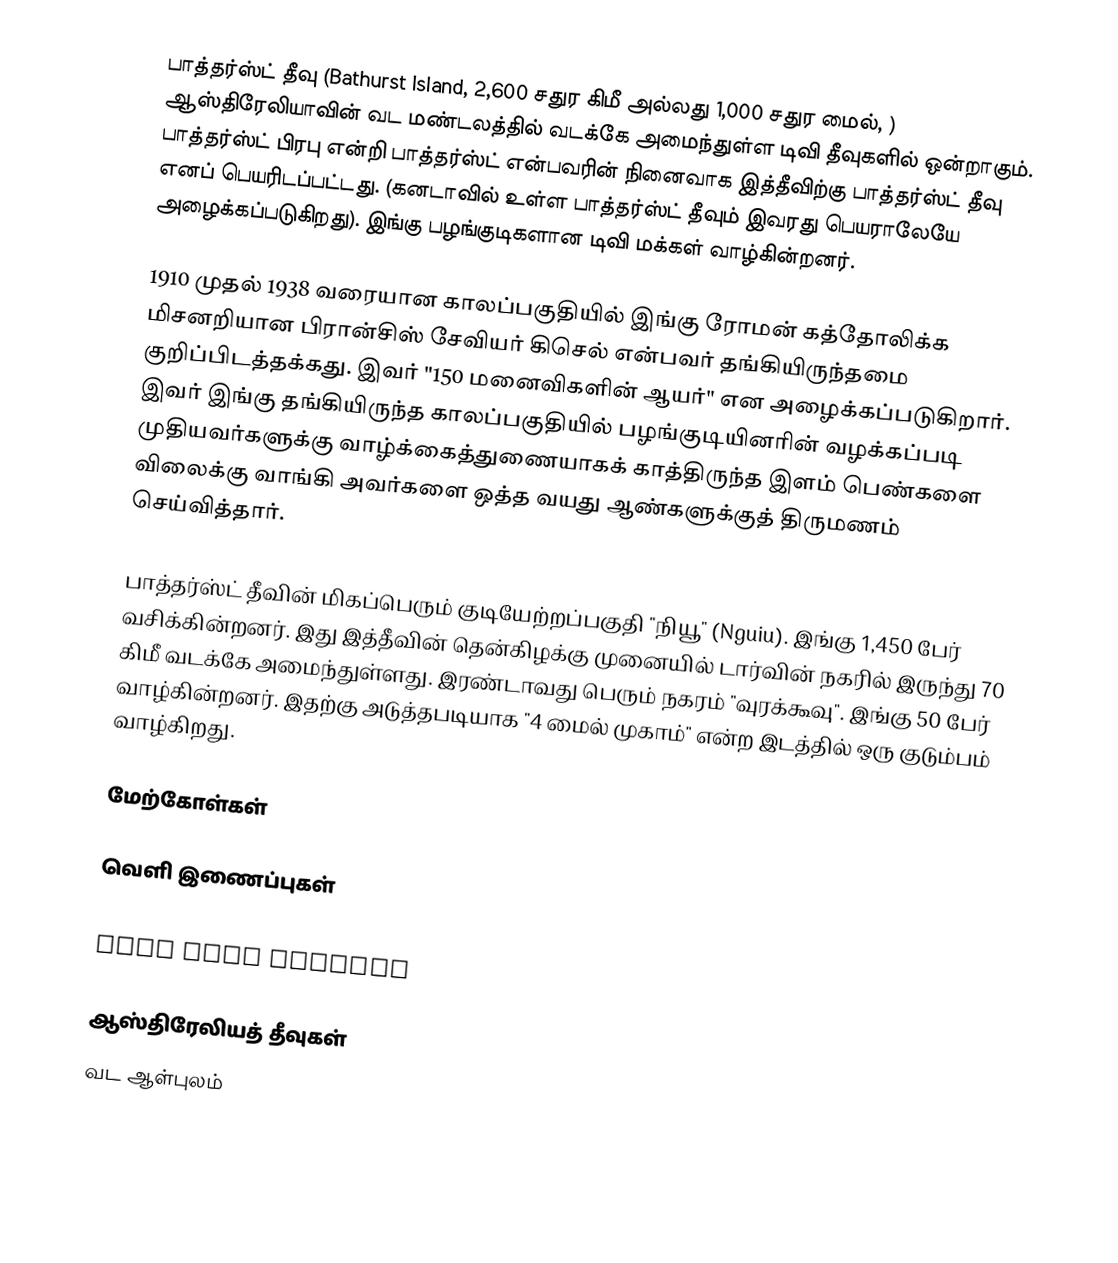
பாத்தர்ஸ்ட் தீவு (Bathurst Island, 2,600 சதுர கிமீ அல்லது 1,000 சதுர மைல், ) ஆஸ்திரேலியாவின் வட மண்டலத்தில் வடக்கே அமைந்துள்ள டிவி தீவுகளில் ஒன்றாகும். பாத்தர்ஸ்ட் பிரபு என்றி பாத்தர்ஸ்ட் என்பவரின் நினைவாக இத்தீவிற்கு பாத்தர்ஸ்ட் தீவு எனப் பெயரிடப்பட்டது. (கனடாவில் உள்ள பாத்தர்ஸ்ட் தீவும் இவரது பெயராலேயே அழைக்கப்படுகிறது). இங்கு பழங்குடிகளான டிவி மக்கள் வாழ்கின்றனர்.

1910 முதல் 1938 வரையான காலப்பகுதியில் இங்கு ரோமன் கத்தோலிக்க மிசனறியான பிரான்சிஸ் சேவியர் கிசெல் என்பவர் தங்கியிருந்தமை குறிப்பிடத்தக்கது. இவர் "150 மனைவிகளின் ஆயர்" என அழைக்கப்படுகிறார். இவர் இங்கு தங்கியிருந்த காலப்பகுதியில் பழங்குடியினரின் வழக்கப்படி முதியவர்களுக்கு வாழ்க்கைத்துணையாகக் காத்திருந்த இளம் பெண்களை விலைக்கு வாங்கி அவர்களை ஒத்த வயது ஆண்களுக்குத் திருமணம் செய்வித்தார்.

பாத்தர்ஸ்ட் தீவின் மிகப்பெரும் குடியேற்றப்பகுதி "நியூ" (Nguiu). இங்கு 1,450 பேர் வசிக்கின்றனர். இது இத்தீவின் தென்கிழக்கு முனையில் டார்வின் நகரில் இருந்து 70 கிமீ வடக்கே அமைந்துள்ளது. இரண்டாவது பெரும் நகரம் "வுரக்கூவு". இங்கு 50 பேர் வாழ்கின்றனர். இதற்கு அடுத்தபடியாக "4 மைல் முகாம்" என்ற இடத்தில் ஒரு குடும்பம் வாழ்கிறது.

மேற்கோள்கள்

வெளி இணைப்புகள்
 The Wurankuwu Information Website, Tiwi Islands, Northern Australia
 Tiwi Land Council

ஆஸ்திரேலியத் தீவுகள்
வட ஆள்புலம்